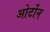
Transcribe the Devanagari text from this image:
ओर्टोन